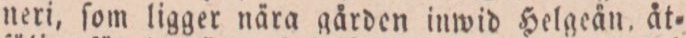
neri, ſom ligger nära gården inwid Helgeån, åt=